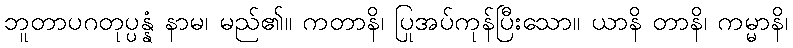
ဘူတာပဂတုပ္ပန္နံ နာမ၊ မည်၏။ ကတာနိ၊ ပြုအပ်ကုန်ပြီးသော။ ယာနိ တာနိ၊ ကမ္မာနိ၊